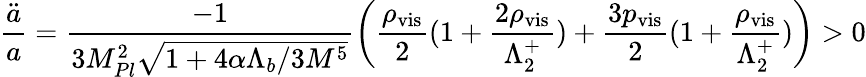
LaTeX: \frac{\ddot{a}}{a}=\frac{-1}{3M_{Pl}^{2}\sqrt{1+4\alpha\Lambda_{b}/3M^{5}}}\bigg(\frac{\rho_{\mathrm{vis}}}{2}(1+\frac{2\rho_{\mathrm{vis}}}{\Lambda_{2}^{+}})+\frac{3p_{\mathrm{vis}}}{2}(1+\frac{\rho_{\mathrm{vis}}}{\Lambda_{2}^{+}})\bigg)>0